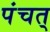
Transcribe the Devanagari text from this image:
पंचत्‌